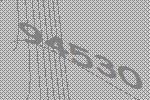
94530